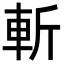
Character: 斬